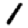
Digit: 1